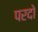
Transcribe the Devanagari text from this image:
परदो